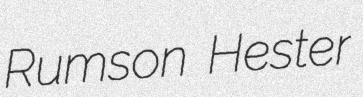
Rumson Hester